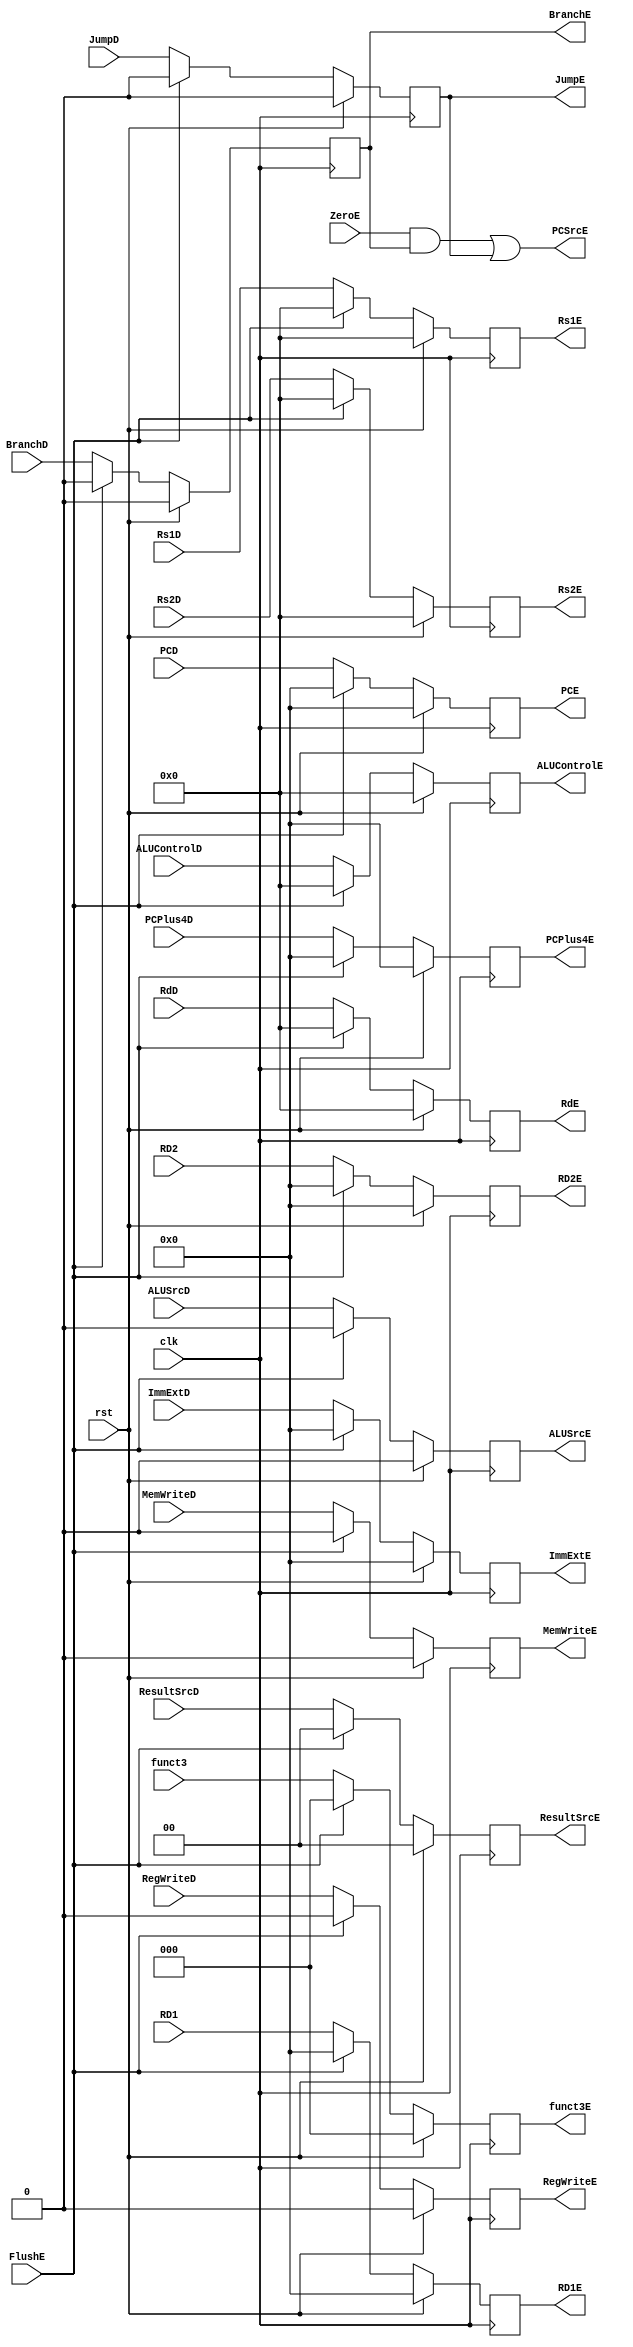
module Second_register (
    input [31:0]      PCD, 
    input [31:0]      ImmExtD,
    input [31:0]      PCPlus4D,
    input [31:0]      RD1,
    input [31:0]      RD2,
    input [4:0]       RdD,
    input [4:0]       Rs1D,
    input [4:0]       Rs2D,
    input [2:0]       funct3,
    input             rst,
    input             clk,
    input             RegWriteD,
    input             MemWriteD,
    input             JumpD,
    input             BranchD,
    input             ALUSrcD,
    input             ZeroE,
    input             FlushE,
    input [1:0]       ResultSrcD,
    input [4:0]       ALUControlD,
    output reg        RegWriteE,
    output reg        MemWriteE,
    output reg        JumpE,
    output reg        BranchE,
    output reg        ALUSrcE,
    output reg        PCSrcE,
    output reg [1:0]  ResultSrcE,
    output reg [4:0]  ALUControlE,
    output reg [31:0] PCE,
    output reg [31:0] ImmExtE,
    output reg [31:0] PCPlus4E,
    output reg [31:0] RD1E,
    output reg [31:0] RD2E,
    output reg [2:0]  funct3E,
    output reg [4:0]  RdE,
    output reg [4:0]  Rs1E,
    output reg [4:0]  Rs2E
);
    always @(posedge clk) begin
        if (rst) begin
            RegWriteE   <= 0;
            MemWriteE   <= 0;
            JumpE       <= 0;
            BranchE     <= 0;
            ALUSrcE     <= 0;
            ResultSrcE  <= 2'b00;
            ALUControlE <= 5'b00000;
            PCE         <= 32'd0;
            ImmExtE     <= 32'd0;
            PCPlus4E    <= 32'd0;
            RD1E        <= 32'd0;
            RD2E        <= 32'd0;
            funct3E     <= 3'd0;
            RdE         <= 5'd0;
            Rs1E        <= 5'd0;
            Rs2E        <= 5'd0;
        end
        else if (FlushE) begin
            RegWriteE   <= 0;
            MemWriteE   <= 0;
            JumpE       <= 0;
            BranchE     <= 0;
            ALUSrcE     <= 0;
            ResultSrcE  <= 2'b00;
            ALUControlE <= 5'b00000;
            PCE         <= 32'd0;
            ImmExtE     <= 32'd0;
            PCPlus4E    <= 32'd0;
            RD1E        <= 32'd0;
            RD2E        <= 32'd0;
            funct3E     <= 3'd0;
            RdE         <= 5'd0;
            Rs1E        <= 5'd0;
            Rs2E        <= 5'd0;
        end
        else begin
            RegWriteE   <= RegWriteD;
            MemWriteE   <= MemWriteD;
            JumpE       <= JumpD;
            BranchE     <= BranchD;
            ALUSrcE     <= ALUSrcD;
            ResultSrcE  <= ResultSrcD;
            ALUControlE <= ALUControlD;
            PCE         <= PCD;
            ImmExtE     <= ImmExtD;
            PCPlus4E    <= PCPlus4D;
            RD1E        <= RD1;
            RD2E        <= RD2;
            funct3E     <= funct3;
            RdE         <= RdD;
            Rs1E        <= Rs1D;
            Rs2E        <= Rs2D;
        end
        
    end
    
    always @(*) begin    //this is a combinational block, so block assignment should be used
        PCSrcE = (ZeroE && BranchE) || JumpE;
    end
    
endmodule